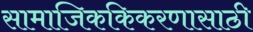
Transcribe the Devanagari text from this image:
सामाजिककिकरणासाठी